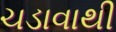
ચડાવાથી